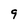
Character: 9